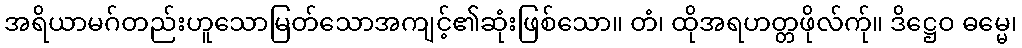
အရိယာမဂ်တည်းဟူသောမြတ်သောအကျင့်၏ဆုံးဖြစ်သော။ တံ၊ ထိုအရဟတ္တဖိုလ်က်ု။ ဒိဋ္ဌေဝ ဓမ္မေ၊